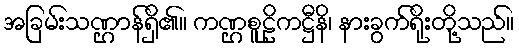
အခြမ်းသဏ္ဌာန်ရှိ၏။ ကဏ္ဌစူဠိကဋ္ဌီနိ၊ နားခွက်ရိုးတို့သည်။